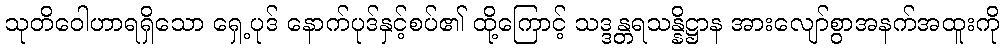
သုတိဝေါဟာရရှိသော ရှေ့ပုဒ် နောက်ပုဒ်နှင့်စပ်၏ ထို့ကြောင့် သဒ္ဒန္တရသန္နိဋ္ဌာန အားလျော်စွာအနက်အထူးကို